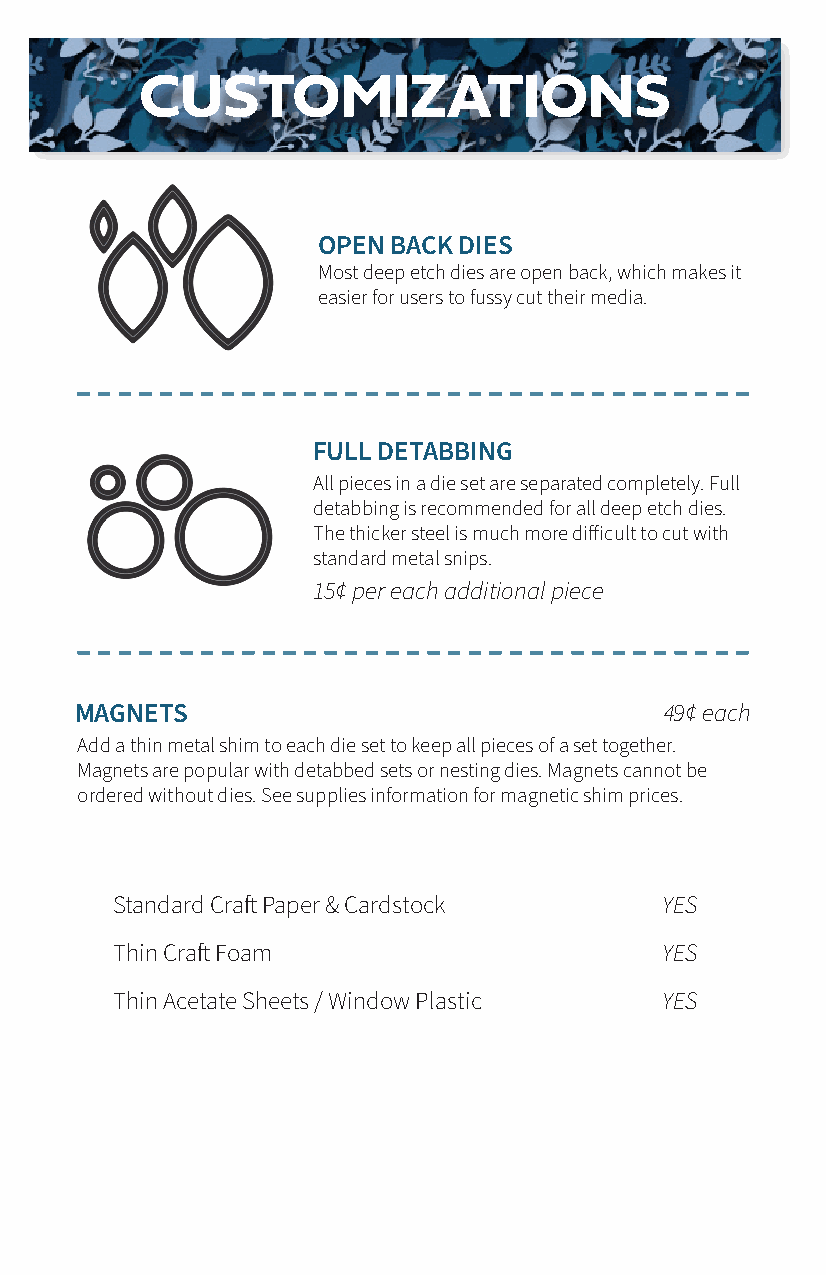
CUSTOMIZATIONS
 OPEN BACK DIES
 Most deep etch dies are open back, which makes it
 easier for users to fussy cut their media.
 FULL DETABBING
 All pieces in a die set are separated completely. Full
 detabbing is recommended for all deep etch dies.
 The thicker steel is much more difficult to cut with
 standard metal snips.
 15¢ per each additional piece
 MAGNETS                                49¢ each
 Add a thin metal shim to each die set to keep all pieces of a set together.
 Magnets are popular with detabbed sets or nesting dies. Magnets cannot be
 ordered without dies. See supplies information for magnetic shim prices.
 Standard Craft Paper & Cardstock     YES
 Thin Craft Foam                      YES
 Thin Acetate Sheets / Window Plastic YES